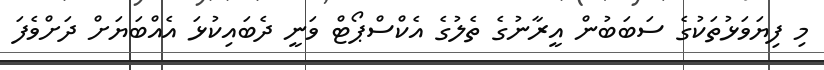
މި ފިޔަވަޅުތަކުގެ ސަބަބުން އީރާނުގެ ތެލުގެ އެކްސްޕޯޓް ވަނީ ދެބައިކުޅަ އެއްބަޔަށް ދަށްވެފަ